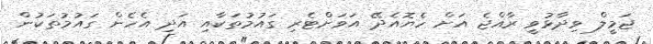
ޖަމީލް ވިދާޅުވީ ރާއްޖެ އަށް ހެޔޮއެދޭ އަވަށްޓެރި ގައުމުތަކާއި އަދި އެހެން ގައުމުތަކުން